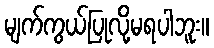
မျက်ကွယ်ပြုလို့မရပါဘူး။